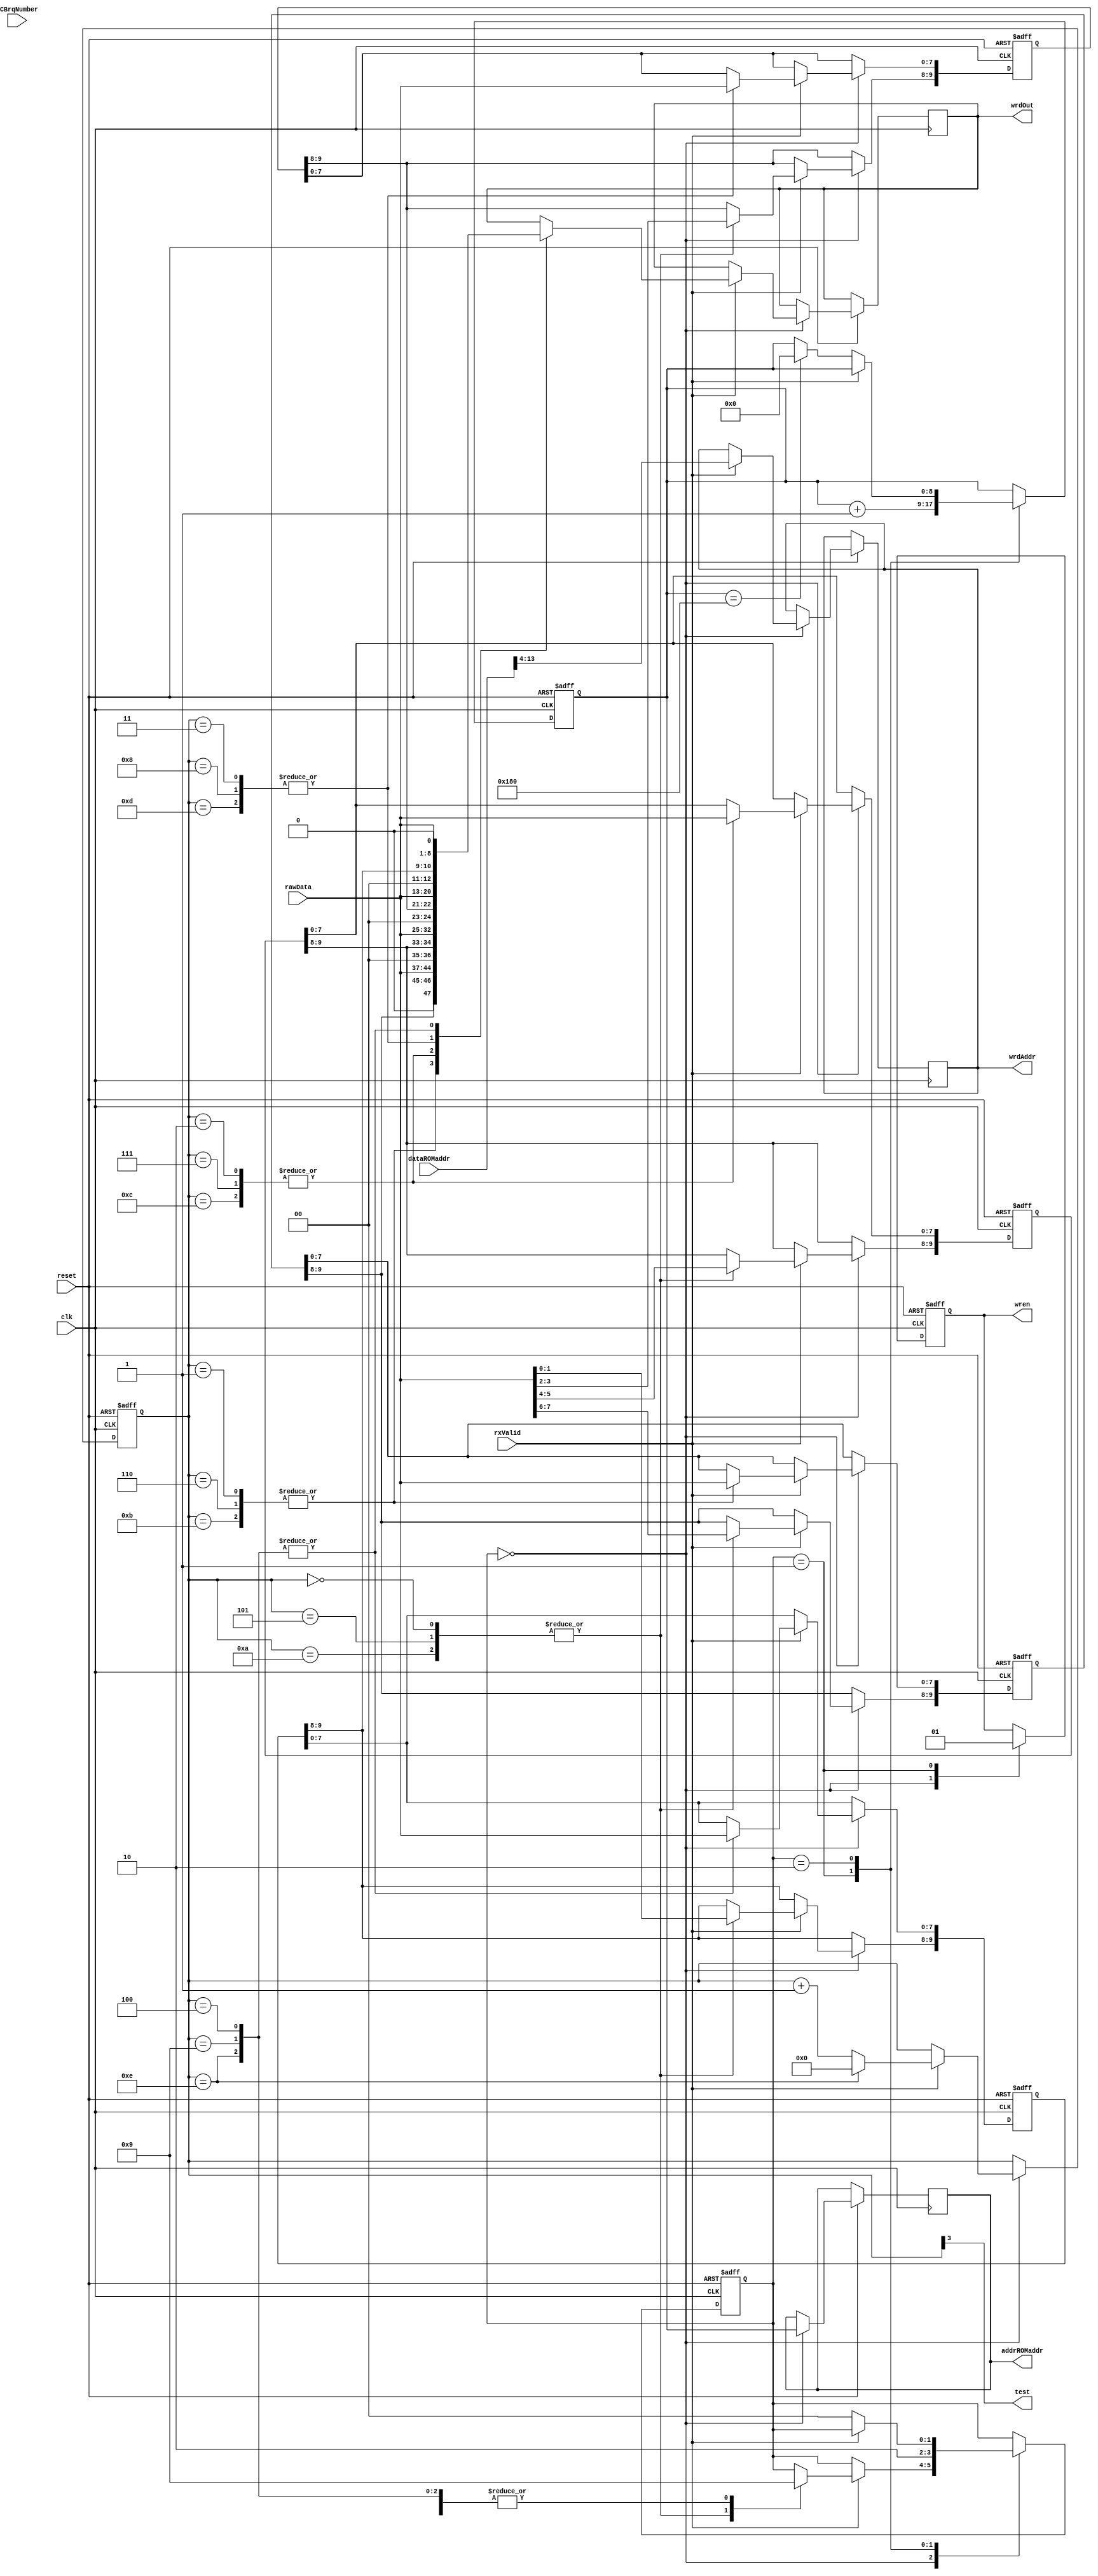
module lcbCombiner(
	input clk,
	input reset,
	input [7:0]rawData,
	input rxValid,
	input [4:0]LCBrqNumber,
	output reg [8:0]addrROMaddr,
	input [14:0]dataROMaddr,
	output reg [11:0]wrdOut,
	output reg [9:0]wrdAddr,
	output reg wren,
	output test
);

reg [1:0]state;
reg [3:0]cntBytes;
reg [9:0]measure1, measure2, measure3, measure4;
reg [8:0]romAddress;

assign test = cntBytes[3];

always@(posedge clk or negedge reset) begin
	if (!reset)begin
		cntBytes <= 0;
		cntBytes <= 0;
		state <= 0;
		wren <= 0;
		romAddress <= 0;
		measure1 <= 0;
		measure2 <= 0;
		measure3 <= 0;
		measure4 <= 0;
	end else begin
		case (state)
			0: begin
				addrROMaddr <= romAddress;
				wren <= 0;
				if (rxValid) begin
					wrdAddr <= dataROMaddr[13:4];
					
					cntBytes <= cntBytes + 1'b1; 
					if (cntBytes == 14) cntBytes <= 0; 
					
					case (cntBytes)
						0,5,10:begin
							measure1[9:8] <= rawData[7:6];
							measure2[9:8] <= rawData[5:4];
							measure3[9:8] <= rawData[3:2];
							measure4[9:8] <= rawData[1:0];
							state <= 2'd2;
						end
						1,6,11:begin
							measure1[7:0] = rawData[7:0];
							wrdOut <= {1'b0, measure1, 1'b0};
							state <= 2'd1;

						end
						2,7,12:begin
							measure2[7:0] = rawData[7:0];
							wrdOut <= {1'b0, measure2, 1'b0}; 
							state <= 2'd1;
							
						end
						3,8,13:begin
							measure3[7:0] = rawData[7:0];
							wrdOut <= {1'b0, measure3, 1'b0}; 
							state <= 2'd1;
							
						end
						4,9,14:begin
							measure4[7:0] = rawData[7:0];
							wrdOut <= {1'b0, measure4, 1'b0}; 
							state <= 2'd1;
						end
					endcase
					
				end
			end
			1: begin
				wren <= 1;
				state <= 2;
				romAddress <= romAddress + 1'b1;
			end
			2: begin
				if (!rxValid) begin
					if (romAddress == 384) romAddress <= 0;
					state <= 1'b0;
				end
			end
		endcase
	end
end
endmodule